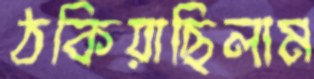
ঠকিয়াছিলাম